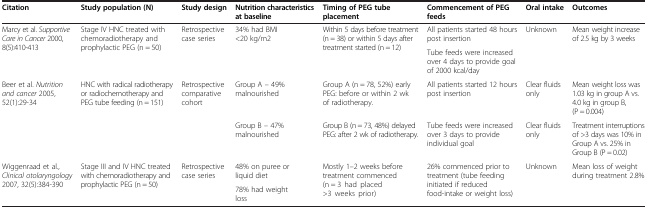
<table><thead><tr><td><b>Citation</b></td><td><b>Study population (N)</b></td><td><b>Study design</b></td><td><b>Nutrition characteristics at baseline</b></td><td><b>Timing of PEG tube placement</b></td><td><b>Commencement of PEG feeds</b></td><td><b>Oral intake</b></td><td><b>Outcomes</b></td></tr></thead><tbody><tr><td rowspan="2">Marcy et al. <i>Supportive Care in Cancer</i> 2000, 8(5):410-413</td><td rowspan="2">Stage IV HNC treated with chemoradiotherapy and prophylactic PEG (n = 50)</td><td rowspan="2">Retrospective case series</td><td rowspan="2">34% had BMI &lt;20 kg/m2</td><td rowspan="2">Within 5 days before treatment (n = 38) or within 5 days after treatment started (n = 12)</td><td>All patients started 48 hours post insertion</td><td rowspan="2">Unknown</td><td rowspan="2">Mean weight increase of 2.5 kg by 3 weeks</td></tr><tr><td>Tube feeds were increased over 4 days to provide goal of 2000 kcal/day</td></tr><tr><td rowspan="2">Beer et al. <i>Nutrition and cancer</i> 2005, 52(1):29-34</td><td rowspan="2">HNC with radical radiotherapy or radiochemotherapy and PEG tube feeding (n = 151)</td><td rowspan="2">Retrospective comparative cohort</td><td>Group A – 49% malnourished</td><td>Group A (n = 78, 52%) early PEG: before or within 2 wk of radiotherapy.</td><td>All patients started 12 hours post insertion</td><td>Clear fluids only</td><td>Mean weight loss was 1.03 kg in group A vs. 4.0 kg in group B, (P = 0.004)</td></tr><tr><td>Group B – 47% malnourished</td><td>Group B (n = 73, 48%) delayed PEG: after 2 wk of radiotherapy.</td><td>Tube feeds were increased over 3 days to provide individual goal</td><td>Clear fluids only</td><td>Treatment interruptions of &gt;3 days was 10% in Group A vs. 25% in Group B (P = 0.02)</td></tr><tr><td rowspan="2">Wiggenraad et al., <i>Clinical otolaryngology</i> 2007, 32(5):384-390</td><td rowspan="2">Stage III and IV HNC treated with chemoradiotherapy and prophylactic PEG (n = 50)</td><td rowspan="2">Retrospective case series</td><td>48% on puree or liquid diet</td><td rowspan="2">Mostly 1–2 weeks before treatment commenced (n = 3 had placed &gt;3 weeks prior)</td><td rowspan="2">26% commenced prior to treatment (tube feeding initiated if reduced food-intake or weight loss)</td><td rowspan="2">Unknown</td><td rowspan="2">Mean loss of weight during treatment 2.8%</td></tr><tr><td>78% had weight loss</td></tr></tbody></table>